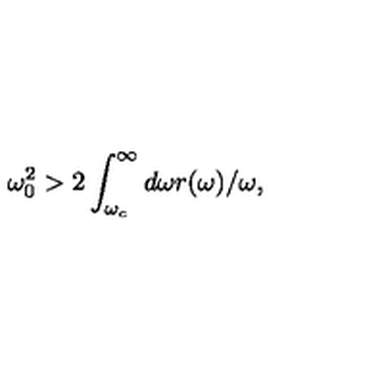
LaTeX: \omega _ { 0 } ^ { 2 } > 2 \int _ { \omega _ { c } } ^ { \infty } d \omega r ( \omega ) / \omega ,